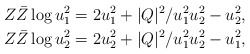
\begin{align*}Z\bar Z\log u_1^2 & = 2u_1^2 + |Q|^2/u_1^2u_2^2 - u_2^2,\\Z\bar Z\log u_2^2 & = 2u_2^2 + |Q|^2/u_1^2u_2^2 - u_1^2,\end{align*}